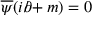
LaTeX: { \overline { { \psi } } } ( i { \partial \! \! \! / } + m ) = 0